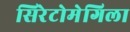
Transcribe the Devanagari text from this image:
सिरेटोमेगिला